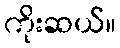
ကိုးဆယ်။